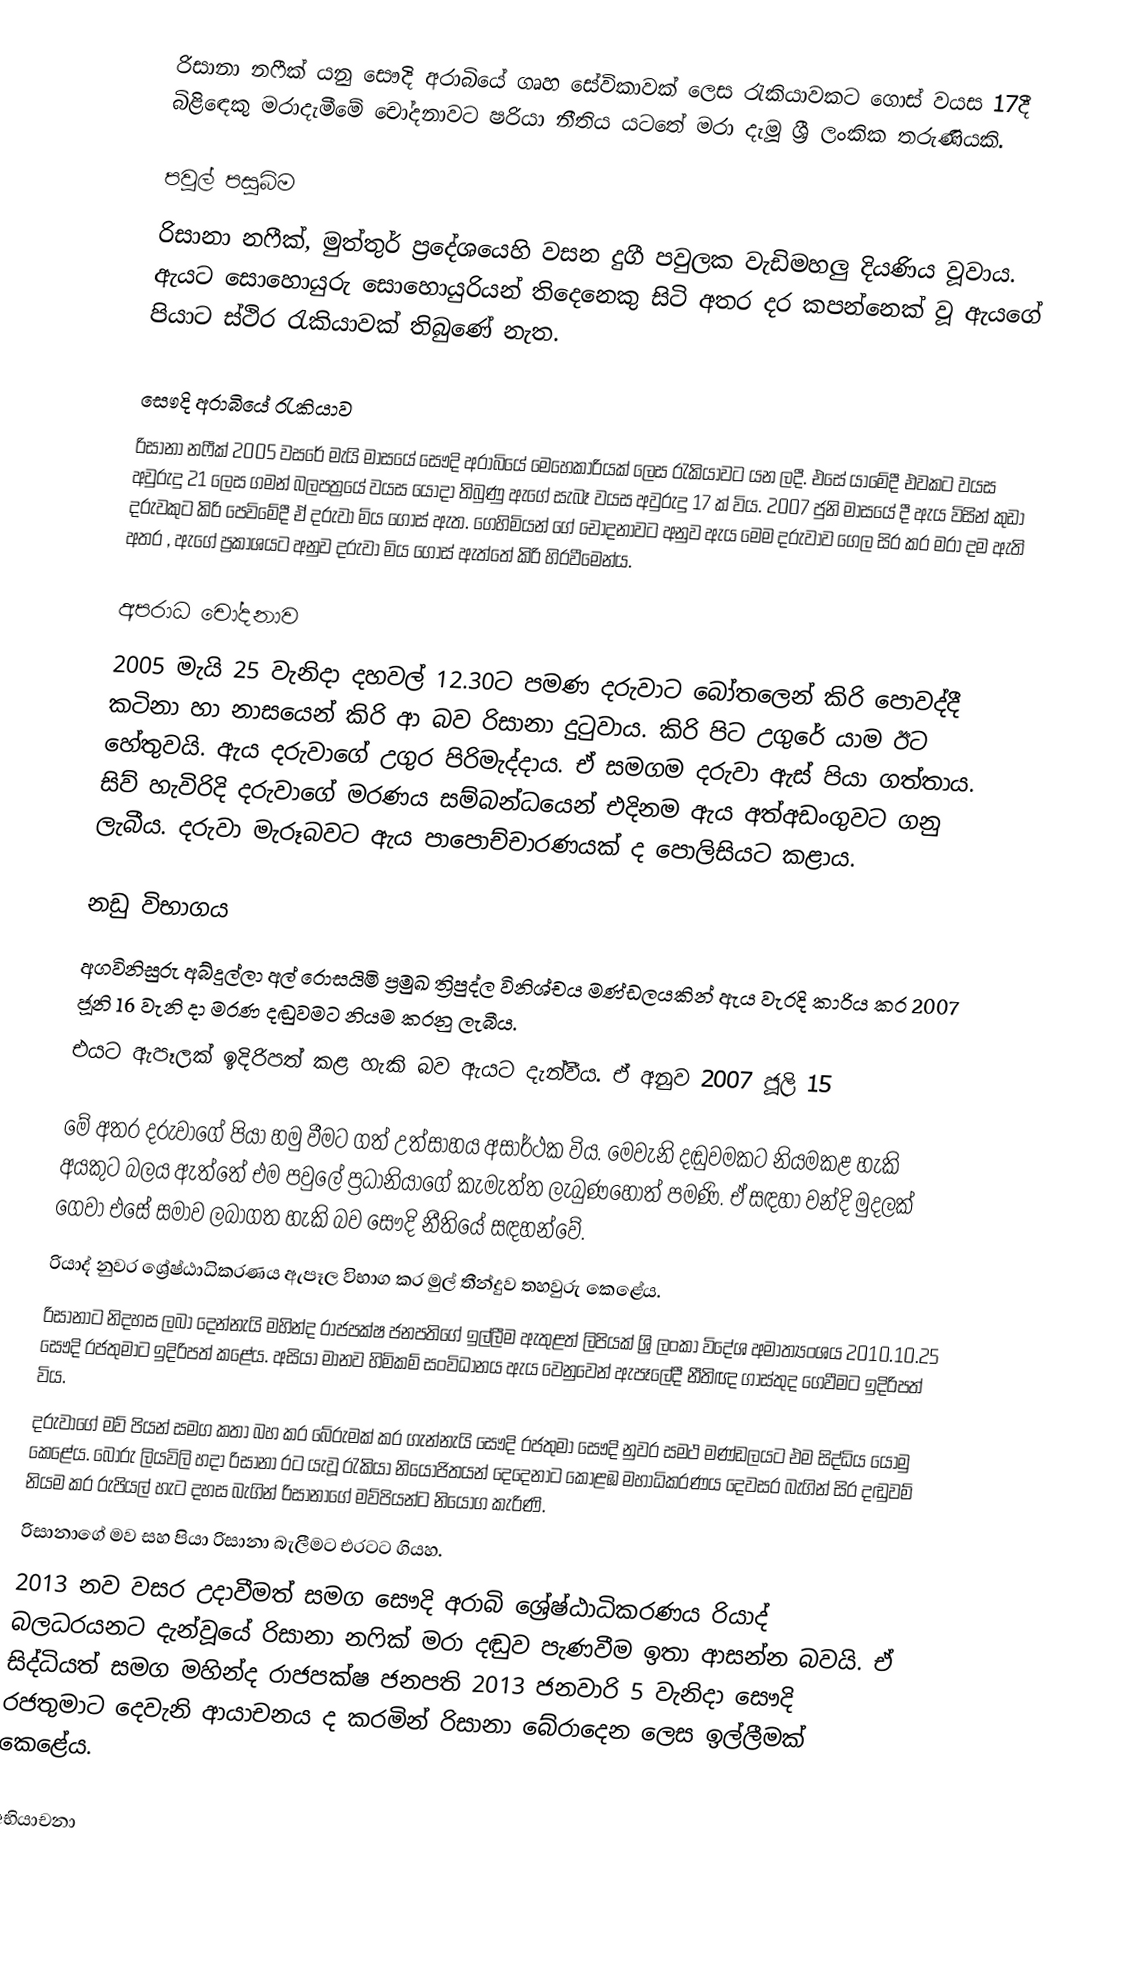
රිසානා නෆීක් යනු සෞදි අරාබියේ ගෘහ සේවිකාවක් ලෙස රැකියාවකට ගොස් වයස 17දී බිළිඳෙකු මරාදැමීමේ චෝදනාවට ෂරියා නීතිය යටතේ මරා දැමූ ශ්‍රී ලංකික තරුණියකි.

පවුල් පසුබිම
රිසානා නෆීක්,  මුත්තුර් ප්‍රදේශයෙහි වසන දුගී පවුලක වැඩිමහලු දියණිය වූවාය. ඇයට සොහොයුරු සොහොයුරියන් තිදෙනෙකු සිටි අතර  දර කපන්නෙක් වූ ඇයගේ පියාට ස්ථිර රැකියාවක් තිබුණේ නැත.

සෞදි අරාබියේ රැකියාව
රිසානා නෆීක් 2005 වසරේ මැයි මාසයේ සෞදි අරාබියේ මෙහෙකාරියක් ලෙස රැකියාවට යන ලදී. එසේ යාමේදී එවකට වයස අවුරුදු 21 ලෙස ගමන් බලපත්‍රයේ වයස යොදා තිබුණු ඇගේ සැබෑ වයස අවුරුදු 17 ක් විය. 2007 ජුනි මාසයේ දී ඇය විසින් කුඩා දරුවකුට කිරි පෙවිමේදී ඒ දරුවා මිය ගොස් ඇත. ගෙහිමියන් ගේ චෝදනාවට අනුව ඇය මෙම දරුවාව ගෙල සිර කර මරා දම ඇති අතර , ඇගේ ප්‍රකාශයට අනුව දරුවා මිය ගොස් ඇත්තේ කිරි හිරවීමෙන්ය.

අපරාධ චෝදනාව
2005 මැයි 25 වැනිදා දහවල් 12.30ට පමණ දරුවාට බෝතලෙන් කිරි පොවද්දී කටිනා හා නාසයෙන් කිරි ආ බව රිසානා දුටුවාය. කිරි පිට උගුරේ යාම ඊට හේතුවයි. ඇය දරුවාගේ උගුර පිරිමැද්දාය. ඒ සමගම දරුවා ඇස් පියා ගත්තාය. සිව් හැවිරිදි දරුවාගේ මරණය සම්බන්ධයෙන් එදිනම ඇය අත්අඩංගුවට ගනු ලැබීය. දරුවා මැරූබවට ඇය පාපොච්චාරණයක් ද පොලිසියට කළාය.

නඩු විභාගය
අගවිනිසුරු අබ්දුල්ලා අල් රොසයිමි ප්‍රමුඛ ත්‍රිපුද්ල විනිශ්චය මණ්ඩලයකින් ඇය වැරදි කාරිය කර 2007 ජූනි 16 වැනි දා මරණ දඬුවමට නියම කරනු ලැබීය.
එයට ඇපෑලක් ඉදිරිපත් කළ හැකි බව ඇයට දැන්වීය. ඒ අනුව 2007 ජූලි 15

මේ අතර දරුවාගේ පියා හමු වීමට ගත් උත්සාහය අසාර්ථක විය. මෙවැනි දඬුවමකට නියමකළ හැකි අයකුට බලය ඇත්තේ එම පවුලේ ප්‍රධානියාගේ කැමැත්ත ලැබුණහොත් පමණි. ඒ සඳහා වන්දි මුදලක් ගෙවා එසේ සමාව ලබාගත හැකි බව සෞදි නීතියේ සඳහන්වේ.
රියාද් නුවර ශ්‍රේෂ්ඨාධිකරණය ඇපෑල විභාග කර මුල් තීන්දුව තහවුරු කෙළේය.
රිසානාට නිදහස ලබා දෙන්නැයි මහින්ද රාජපක්ෂ ජනපතිගේ ඉල්ලීම ඇතුළත් ලිපියක් ශ්‍රි ලංකා විදේශ අමාත්‍යංශය 2010.10.25 සෞදි රජතුමාට ඉදිරිපත්  කළේය. අසියා මානව හිමිකම් සංවිධානය ඇය වෙනුවෙන් ඇපෑලේදී නීතිඥ ගාස්තුද ගෙවීමට ඉදිරිපත්  විය.
දරුවාගේ මව් පියන් සමග කතා බහ කර බේරුමක් කර ගැන්නැයි සෞදි රජතුමා සෞදි නුවර සමථ මණ්ඩලයට එම සිද්ධිය යොමු කෙළේය. බොරු ලියවිලි හදා රිසානා රට යැවූ රැකියා නියෝජිතයන් දෙදෙනාට කොළඹ මහාධිකරණය දෙවසර බැගින් සිර දඬුවම් නියම කර රුපියල් හැට දහස බැගින් රිසානාගේ මව්පියන්ට නියෝග කැරිණි.
රිසානාගේ මව සහ පියා රිසානා බැලීමට එරටට ගියහ.
2013 නව වසර උදාවීමත් සමග සෞදි අරාබි ශ්‍රේෂ්ඨාධිකරණය රියාද් බලධරයනට දැන්වූයේ රිසානා නෆික් මරා දඬුව පැණවීම ඉතා ආසන්න බවයි. ඒ සිද්ධියත් සමග මහින්ද රාජපක්ෂ ජනපති 2013 ජනවාරි 5 වැනිදා සෞදි රජතුමාට දෙවැනි ආයාචනය ද කරමින් රිසානා බේරාදෙන ලෙස ඉල්ලීමක් කෙළේය.

අභියාචනා